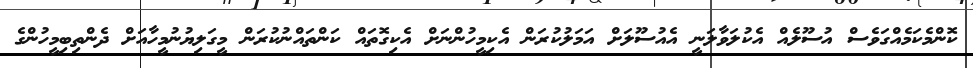
ކޮންމެކަމެއްގަވެސް އުސޫލެއް އެކުލަވާލަނީ އެއުސޫލަށް އަމަލުކުރަން އެކިމީހުންނަށް އެކިގޮތައް ކަންތައްނުކުރަން މީގަލިޔުނުމީހާއަށް ދެންތިބިމީހުންގެ